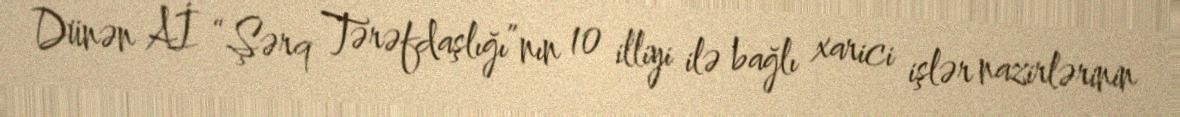
Dünən Aİ “Şərq Tərəfdaşlığı”nın 10 illiyi ilə bağlı xarici işlər nazirlərinin